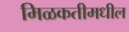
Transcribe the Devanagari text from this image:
मिळकतीमधील